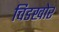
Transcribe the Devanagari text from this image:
चिडखोर